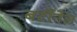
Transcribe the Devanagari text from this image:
बर्टीनेल